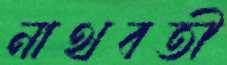
নাথবতী